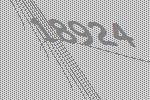
18924